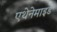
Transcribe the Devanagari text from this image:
एथेनेमाइड